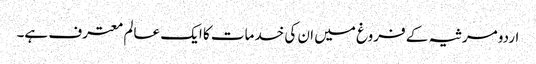
اردو مرثیہ کے فروغ میں ان کی خدمات کا ایک عالم معترف ہے۔